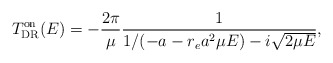
\begin{align*}T^{\rm on}_{\rm DR}(E)=-\frac{2 \pi}{\mu}\frac{1}{1/(-a - r_e a^2 \mu E) - i \sqrt{2 \mu E}},\end{align*}